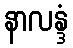
နာလန္ဒံ